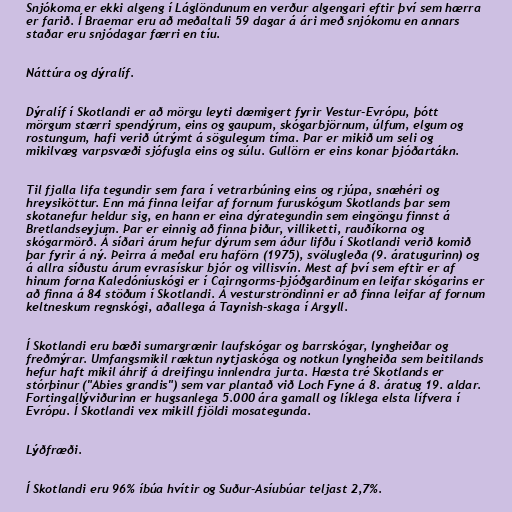
Snjókoma er ekki algeng í Láglöndunum en verður algengari eftir því sem hærra
er farið. Í Braemar eru að meðaltali 59 dagar á ári með snjókomu en annars
staðar eru snjódagar færri en tíu.

Náttúra og dýralíf.

Dýralíf í Skotlandi er að mörgu leyti dæmigert fyrir Vestur-Evrópu, þótt
mörgum stærri spendýrum, eins og gaupum, skógarbjörnum, úlfum, elgum og
rostungum, hafi verið útrýmt á sögulegum tíma. Þar er mikið um seli og
mikilvæg varpsvæði sjófugla eins og súlu. Gullörn er eins konar þjóðartákn.

Til fjalla lifa tegundir sem fara í vetrarbúning eins og rjúpa, snæhéri og
hreysiköttur. Enn má finna leifar af fornum furuskógum Skotlands þar sem
skotanefur heldur sig, en hann er eina dýrategundin sem eingöngu finnst á
Bretlandseyjum. Þar er einnig að finna þiður, villiketti, rauðíkorna og
skógarmörð. Á síðari árum hefur dýrum sem áður lifðu í Skotlandi verið komið
þar fyrir á ný. Þeirra á meðal eru haförn (1975), svölugleða (9. áratugurinn) og
á allra síðustu árum evrasískur bjór og villisvín. Mest af því sem eftir er af
hinum forna Kaledóníuskógi er í Cairngorms-þjóðgarðinum en leifar skógarins er
að finna á 84 stöðum í Skotlandi. Á vesturströndinni er að finna leifar af fornum
keltneskum regnskógi, aðallega á Taynish-skaga í Argyll.

Í Skotlandi eru bæði sumargrænir laufskógar og barrskógar, lyngheiðar og
freðmýrar. Umfangsmikil ræktun nytjaskóga og notkun lyngheiða sem beitilands
hefur haft mikil áhrif á dreifingu innlendra jurta. Hæsta tré Skotlands er
stórþinur ("Abies grandis") sem var plantað við Loch Fyne á 8. áratug 19. aldar.
Fortingallýviðurinn er hugsanlega 5.000 ára gamall og líklega elsta lífvera í
Evrópu. Í Skotlandi vex mikill fjöldi mosategunda.

Lýðfræði.

Í Skotlandi eru 96% íbúa hvítir og Suður-Asíubúar teljast 2,7%.